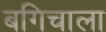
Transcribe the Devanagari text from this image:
बगिचाला